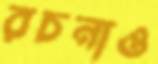
রচনাও